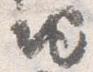
地